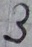
Text: 3